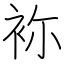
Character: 袮